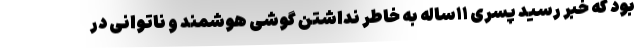
بود که خبر رسید پسری ۱۱ساله به خاطر نداشتن گوشی هوشمند و ناتوانی در